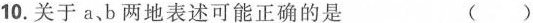
10.关于a、b两地表述可能正确的是 ()